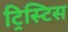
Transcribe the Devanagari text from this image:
ट्रिस्टिस